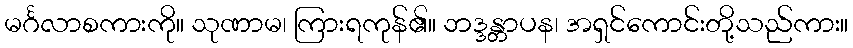
မင်္ဂလာစကားကို။ သုဏာမ၊ ကြားရကုန်၏။ ဘဒ္ဒန္တာပန၊ အရှင်ကောင်းတို့သည်ကား။